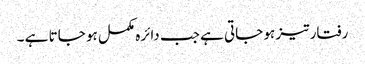
رفتار تیز ہو جاتی ہے جب دائرہ مکمل ہو جاتا ہے ۔